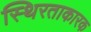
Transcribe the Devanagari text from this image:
स्थिरताकारक